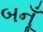
બનૂઁ